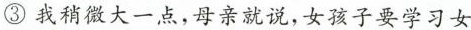
③我稍微大一点，母亲就说，女孩子要学习女